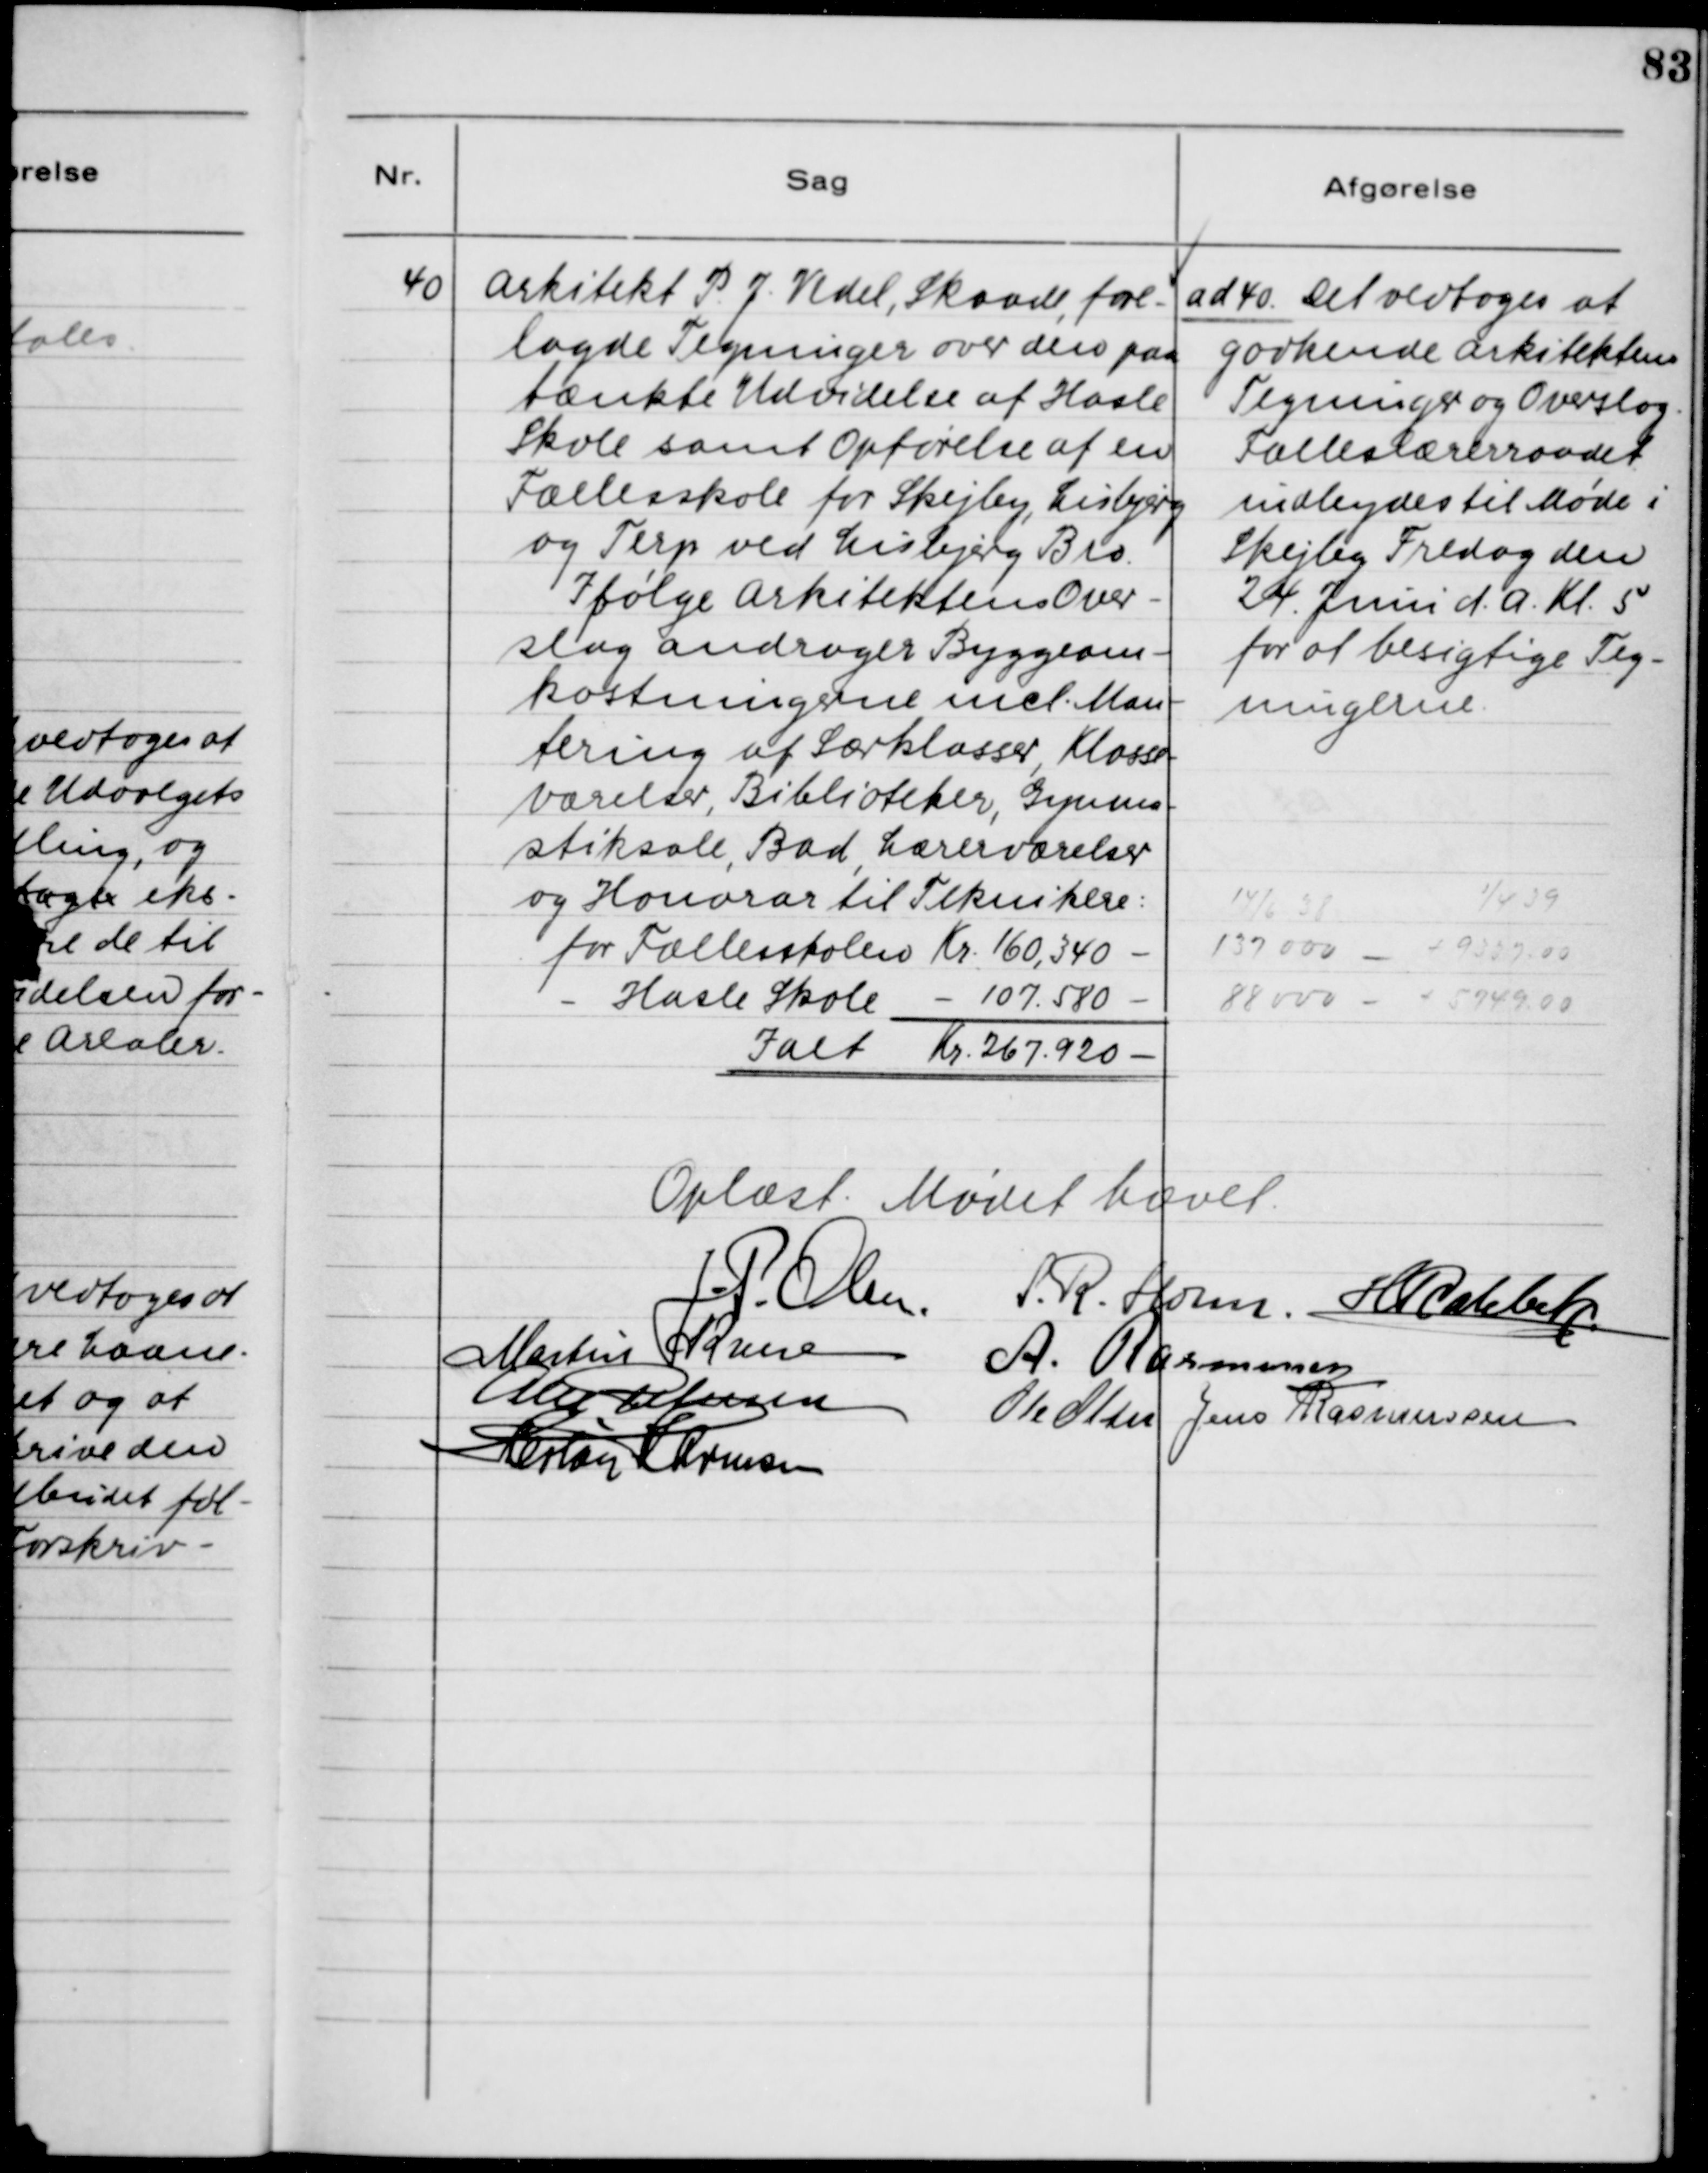
Transskription:
40. Arkitekt P. J. Vedel, Skaade, fore-
lagde Tegninger over den paa-
tænkte Udvidelse af Hasle
Skole samt Opførelse af ten
Fællesskole for Skejby, Lisbjerg
og Terp ved Lisbjerg Bro.
Ifølge Arkitektens Over-
slag andrager Byggeom-
kostningerne incl. Mon-
tering af Særklasser, Klasse-
værelser, Biblioteker, Gymna-
stiksale, Bad, Lærerværelser
og HJonorar til Teknikere:
for Fællesskolen Kr. 160,340 -
- Hasle Skole - 107.580 -
Ialt Kr. 267.920 -

ad 40. Det vedtoges at
godkende Arkitektens
Tegninger og Overslag.
Fælleslærerraadet
indbydes til Møde i
Skejby Fredag den
24. Juni d.A. Kl. 5
for at besigtige Teg-
ningerne.

Oplæst. Mødet hævet.

J. P. Olsen
S. R. Holm
H. Rahbek
Martin Kruse
A. Rasmussen
Alex Petersen
Ole Olsen
Jens Rasmussen
Herløv Harmsen